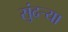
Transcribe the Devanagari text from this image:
सुंदर्‍या